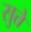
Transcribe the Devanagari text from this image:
सुत्ते